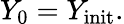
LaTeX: Y_{0}=Y_{\mathrm{init}}.